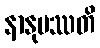
နာနုပဿတိ